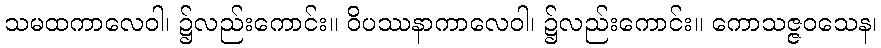
သမထကာလေဝါ၊ ၌လည်းကောင်း။ ဝိပဿနာကာလေဝါ၊ ၌လည်းကောင်း။ ကောသဇ္ဇဝသေန၊